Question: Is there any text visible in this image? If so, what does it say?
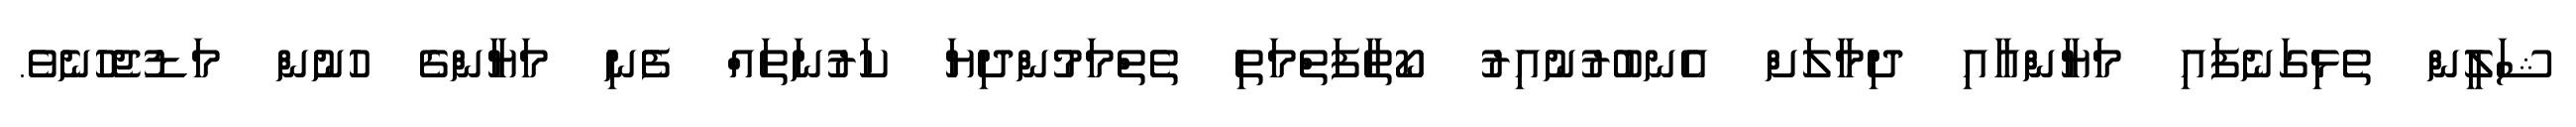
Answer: ޝަލީން ތެޅިގަނެފައި މަޔާންއާއި ދިމާލަށް އެނބުރުނުއިރު ކޯތާފަތްމަތި ތެތްމަމުންދިޔަ ކަރުނަތައް ފެނި މަޔާންގެ ހުނުން މަޑުޖެހުނެވެ.